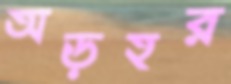
অড়হর